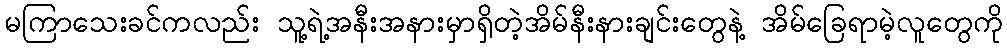
မကြာသေးခင်ကလည်း သူ့ရဲ့အနီးအနားမှာရှိတဲ့အိမ်နီးနားချင်းတွေနဲ့ အိမ်ခြေရာမဲ့လူတွေကို